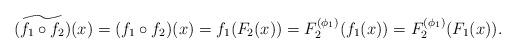
LaTeX: \begin{align*} (\widetilde{f_1\circ f_2})(x)=(f_1\circ f_2)(x)= f_1(F_2(x))=F_2^{(\phi_1)}(f_1(x))=F_2^{(\phi_1)}(F_1(x)).\end{align*}